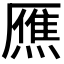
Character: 𤎝